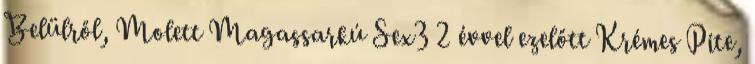
Belülről, Molett Magassarkú Sex3 2 évvel ezelőtt Krémes Pite,